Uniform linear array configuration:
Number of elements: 32
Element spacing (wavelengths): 0.75
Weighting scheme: cosine
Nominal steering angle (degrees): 0
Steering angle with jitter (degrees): -1.227
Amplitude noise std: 0.05
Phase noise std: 0.05

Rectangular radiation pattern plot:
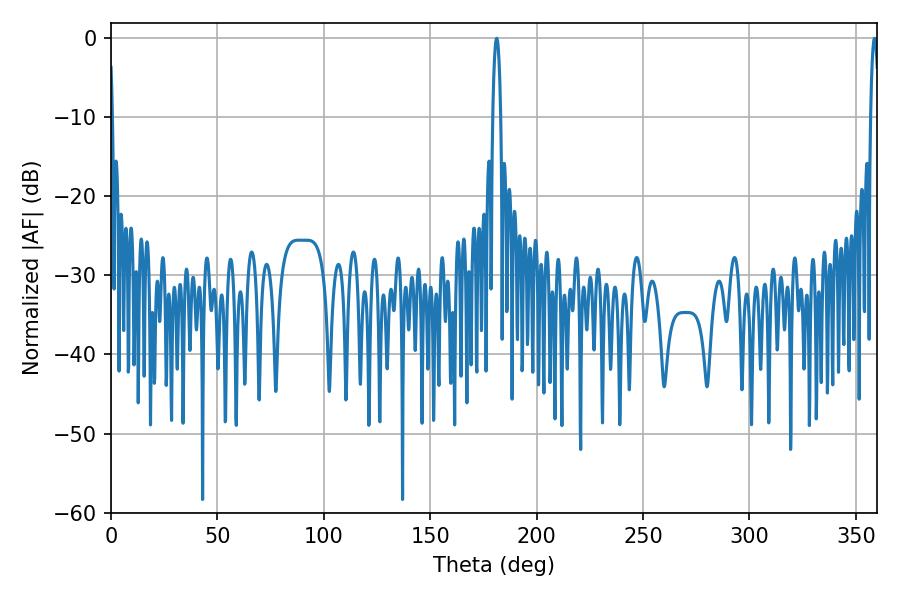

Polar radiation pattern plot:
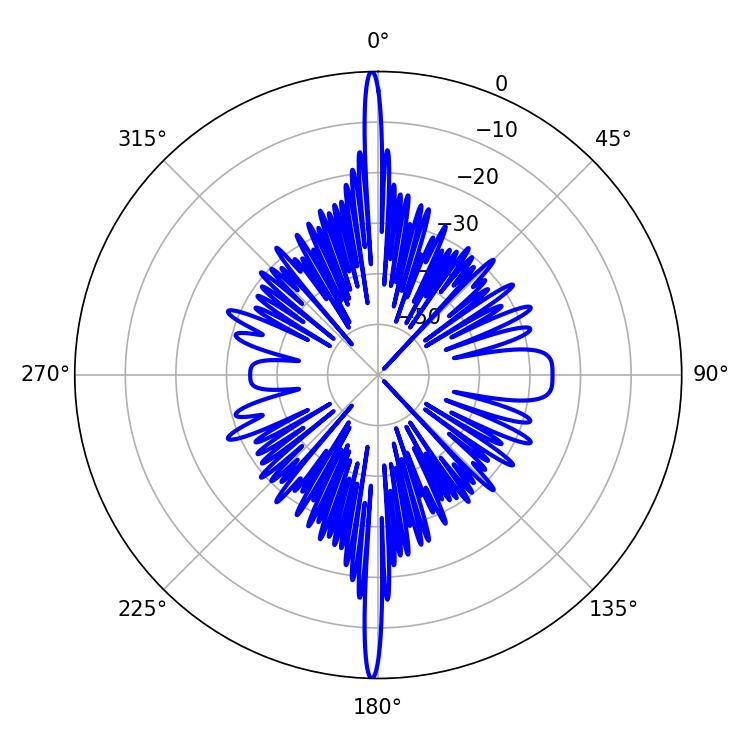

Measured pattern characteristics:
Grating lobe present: TRUE
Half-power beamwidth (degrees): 2.16
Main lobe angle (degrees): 358.74